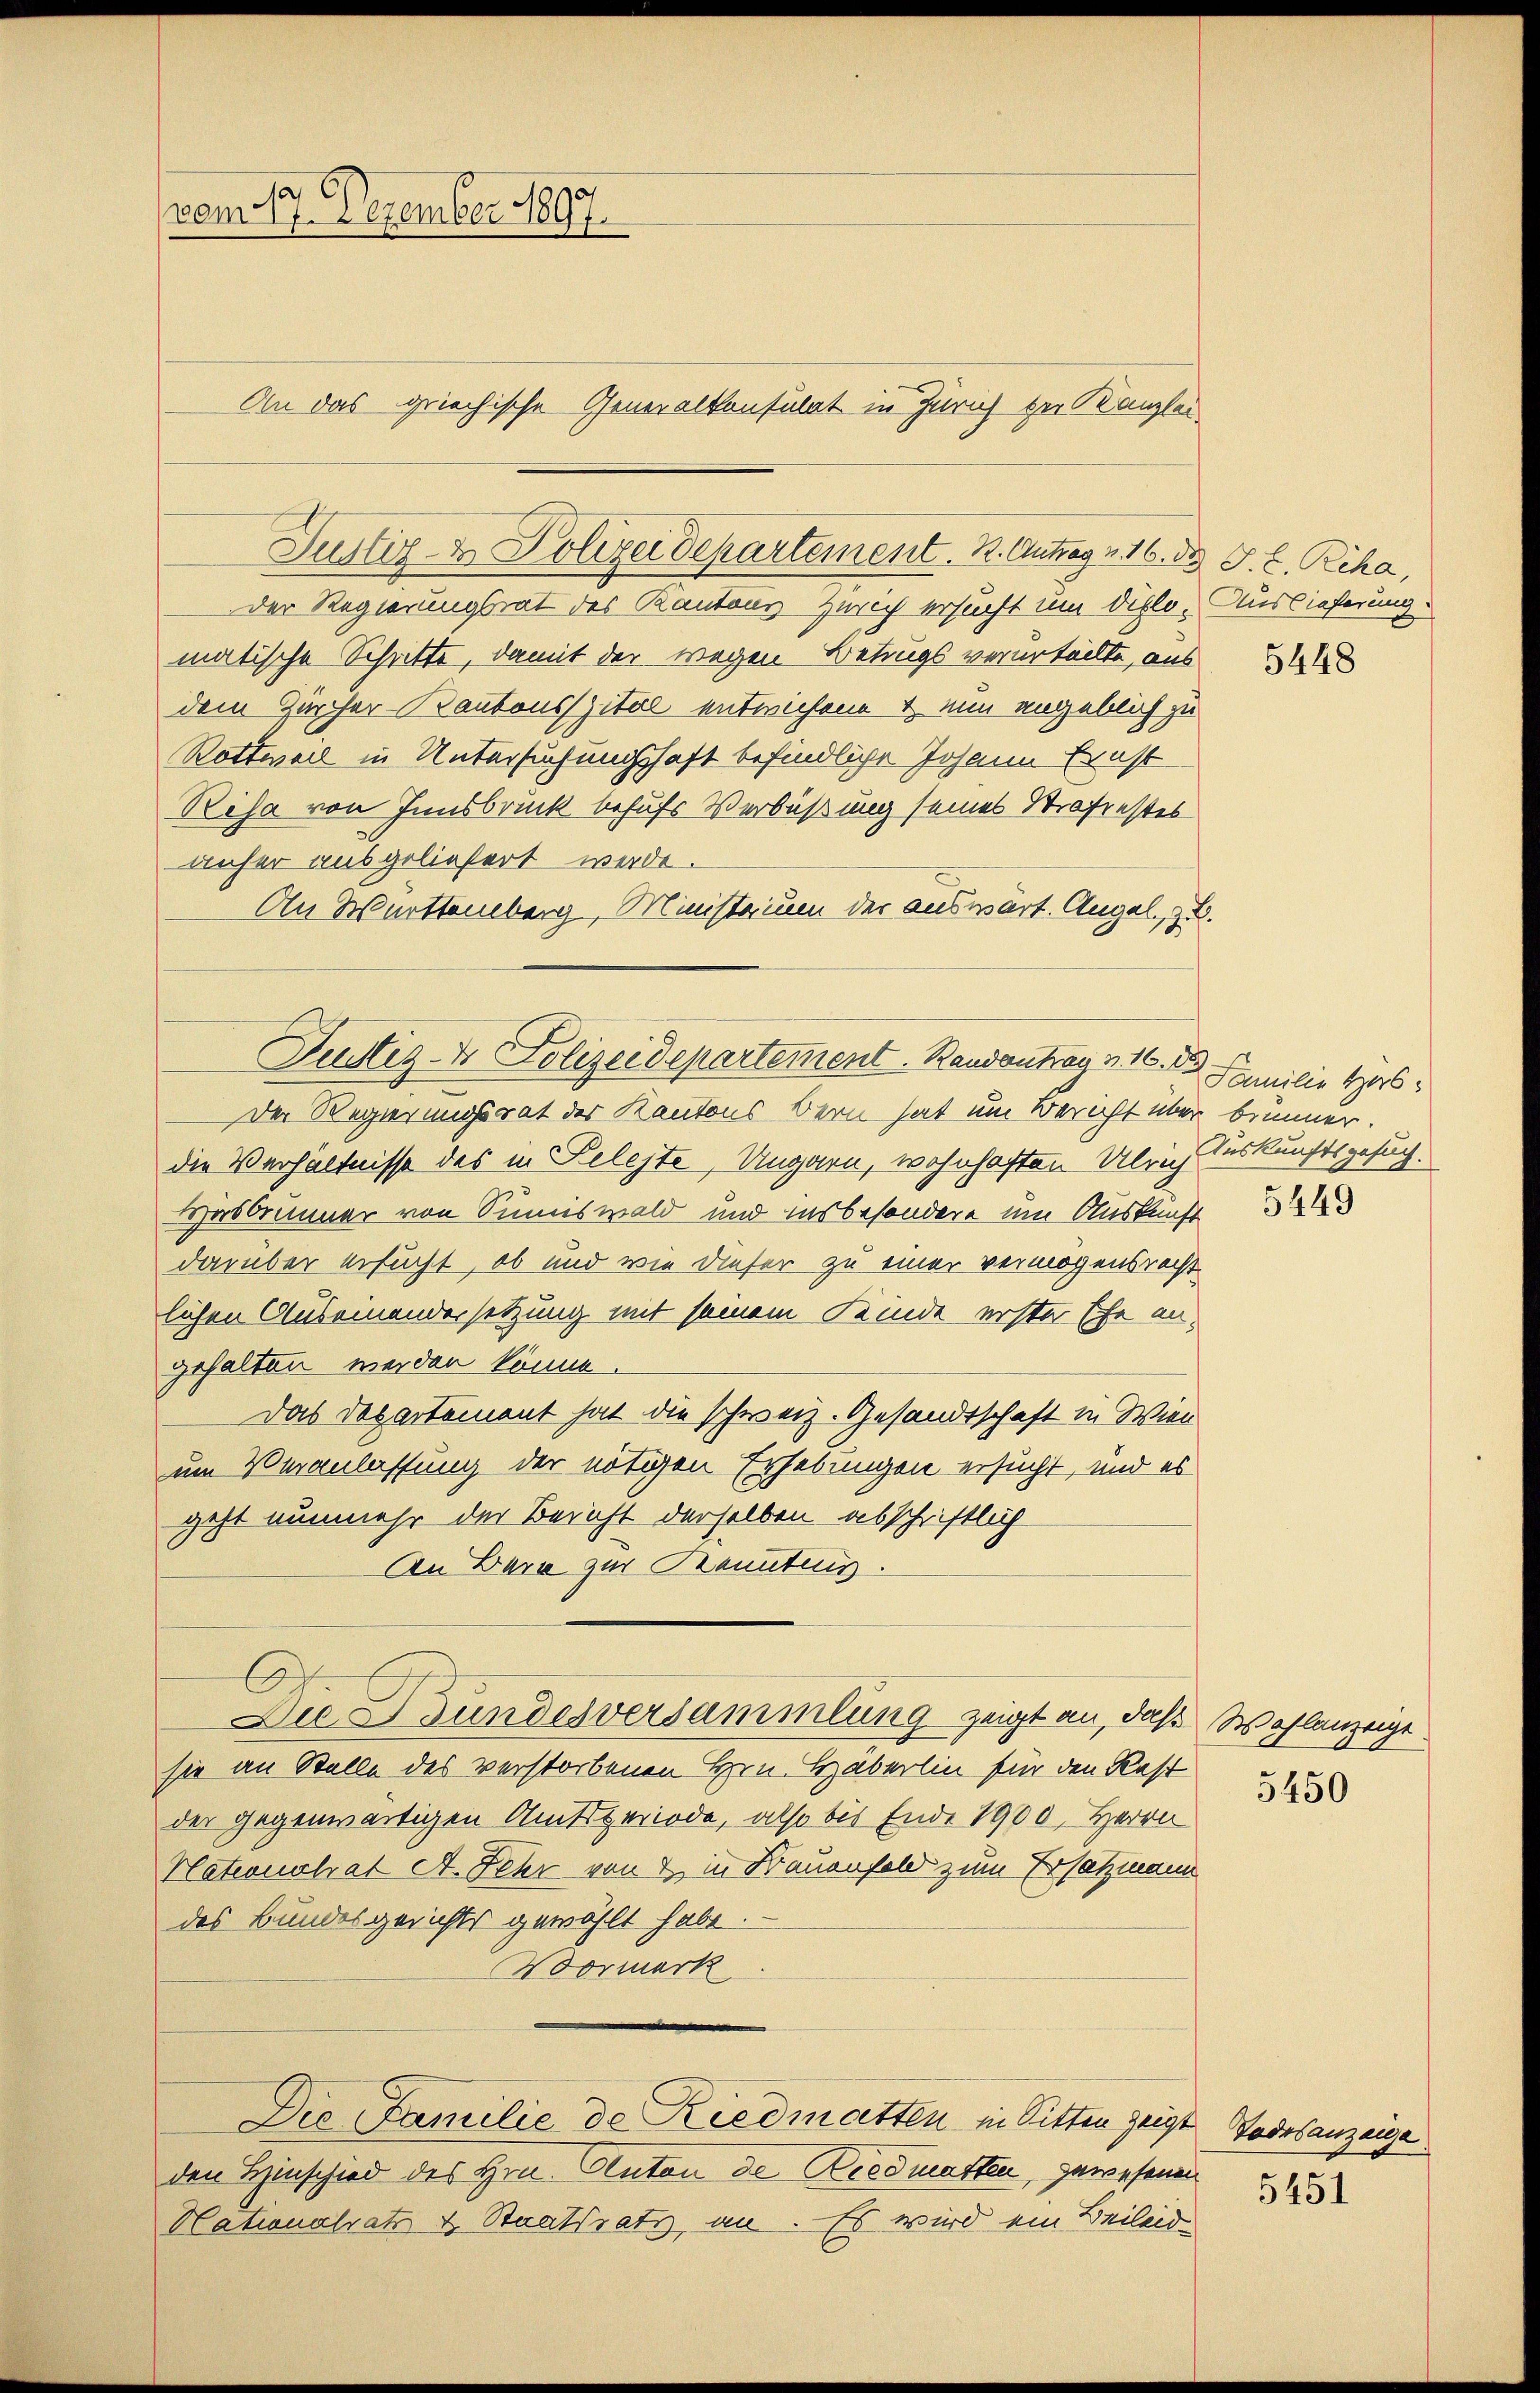
vom 17. Dezember 1897.

Der Regierungsrat des Kantons Zürich ersucht um diplo-Auslieferung
matische Schritte, damit der wegen Betrugs verurteilte, aus
dem Zürcher-Kantonsspital entwichene & nun angeblich zu
Rottweil in Untersuchungshaft befindliche Johann Ernst
Resa von Innsbruck behufs Verbüßung seines Straßenstes
unfer ausgeliefert werde.
An Warttemberg, Ministerium der auswart. Angel. z.
Der Regierungsrat der Kantons Bern hat um Bericht über bimmer.
die Verhältnisse des in Relegte, Ungarn, wohnhaften Ulrich Auskunftsgesuch.
Hosbrunner von Sunnswald und insbesondere um Auskunft
darüber ersucht, ob und wie dieser zu einer vermögensrecht
lichen Auseinandersetzung mit seinem Kinde erster Ehe an-
gehalten werden könne.
Das Departement hat die schweiz. Gesandtschaft in Wien
um Veranlassung der nötigen Erhebungen ersucht, und es
geht nunmehr der Bericht derselben abschriftlich
An Bern zur Kenntnis.
Du Gundesversammlung zeigt an, daß Wohlanzeige.
sie an Stelle des verstorbenen Hrn. Haberlin für den Rest
der gegenwärtigen Amtsperiode, also bis Ende 1900, Herrn
Plationalrat A. Fehr von & in Brauenfeld zum Ersatzmann
des Bundesgerichts gewählt habe.
Vormerk

An das griechische Generalkonsulat in Zürich der Kanzlei

Justiz- & Polizer Departement. K. Antrag v. 16. d. J. C. Rcha,

Justiz- & Polizeidepartement. Bandantrag v. 16. Familie Herb

den Hinschied des Hrn. Anton de Riedmatten, gewesenen
Nationalrats v. Staatsrats, an. Es wird ein Beileid

Die Familie de Riedmatten in Sitten zeigte Todesanzeige

5448

5449

5450

5451